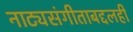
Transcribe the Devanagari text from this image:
नाट्यसंगीताबद्दलही